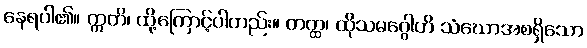
နေရပါ၏။ ဣတိ၊ ထို့ကြောင့်ပါတည်း။ တတ္ထ၊ ထိုသမဂ္ဂေါဟိ သံဃောအစရှိသော